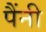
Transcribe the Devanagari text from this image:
पैंनी